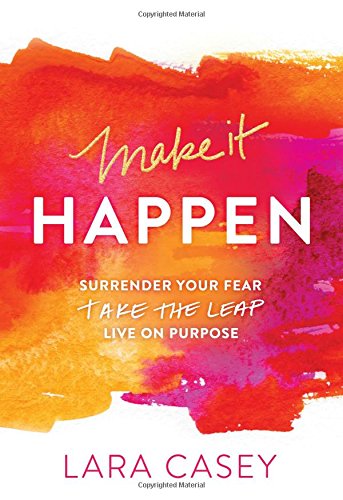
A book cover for Make it Happen: Surrender Your Fear. Take the Leap. Live On Purpose.; Lara Casey; Christian Books & Bibles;